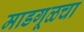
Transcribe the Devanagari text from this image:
माडगूळचा